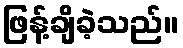
ဖြန့်ချိခဲ့သည်။